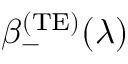
\beta _ { - } ^ { \mathrm { ( T E ) } } ( \lambda )